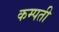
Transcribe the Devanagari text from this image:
कम्पती